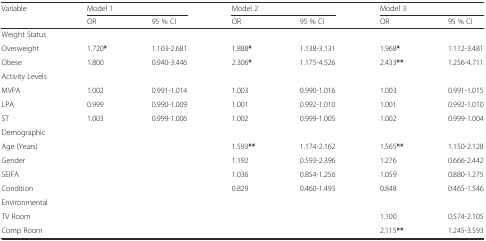
<table><thead><tr><td rowspan="2"><b>Variable</b></td><td colspan="2"><b>Model 1</b></td><td colspan="2"><b>Model 2</b></td><td colspan="2"><b>Model 3</b></td></tr><tr><td><b>OR</b></td><td><b>95 % CI</b></td><td><b>OR</b></td><td><b>95 % CI</b></td><td><b>OR</b></td><td><b>95 % CI</b></td></tr></thead><tbody><tr><td colspan="7">Weight Status</td></tr><tr><td>Overweight</td><td>1.720<b>*</b></td><td>1.103-2.681</td><td>1.888<b>*</b></td><td>1.138-3.131</td><td>1.968<b>*</b></td><td>1.112-3.481</td></tr><tr><td>Obese</td><td>1.800</td><td>0.940-3.446</td><td>2.306<b>*</b></td><td>1.175-4.526</td><td>2.433<b>**</b></td><td>1.256-4.711</td></tr><tr><td colspan="7">Activity Levels</td></tr><tr><td>MVPA</td><td>1.002</td><td>0.991-1.014</td><td>1.003</td><td>0.990-1.016</td><td>1.003</td><td>0.991-1.015</td></tr><tr><td>LPA</td><td>0.999</td><td>0.990-1.009</td><td>1.001</td><td>0.992-1.010</td><td>1.001</td><td>0.992-1.010</td></tr><tr><td>ST</td><td>1.003</td><td>0.999-1.006</td><td>1.002</td><td>0.999-1.005</td><td>1.002</td><td>0.999-1.004</td></tr><tr><td colspan="7">Demographic</td></tr><tr><td>Age (Years)</td><td></td><td></td><td>1.593<b>**</b></td><td>1.174-2.162</td><td>1.565<b>**</b></td><td>1.150-2.128</td></tr><tr><td>Gender</td><td></td><td></td><td>1.192</td><td>0.593-2.396</td><td>1.276</td><td>0.666-2.442</td></tr><tr><td>SEIFA</td><td></td><td></td><td>1.036</td><td>0.854-1.256</td><td>1.059</td><td>0.880-1.275</td></tr><tr><td>Condition</td><td></td><td></td><td>0.829</td><td>0.460-1.493</td><td>0.848</td><td>0.465-1.546</td></tr><tr><td colspan="7">Environmental</td></tr><tr><td>TV Room</td><td></td><td></td><td></td><td></td><td>1.100</td><td>0.574-2.105</td></tr><tr><td>Comp Room</td><td></td><td></td><td></td><td></td><td>2.115<b>**</b></td><td>1.245-3.593</td></tr></tbody></table>